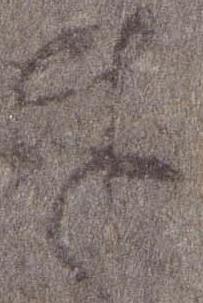
奉